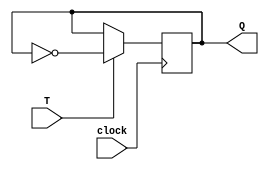
module flipFlopT
	(output reg Q,
	input T, clock);
	
	always @(posedge clock) begin
		if (T == 1)
			Q <= ~Q;
	end
endmodule